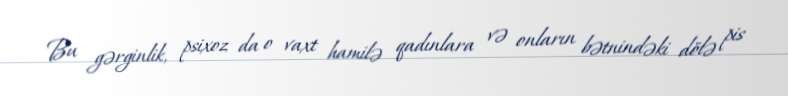
Bu gərginlik, psixoz da o vaxt hamilə qadınlara və onların bətnindəki dölə pis